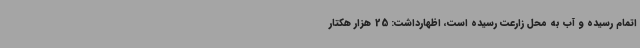
اتمام رسیده و آب به محل زارعت رسیده است، اظهارداشت: 25 هزار هکتار